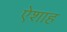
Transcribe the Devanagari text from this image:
ऐशाह